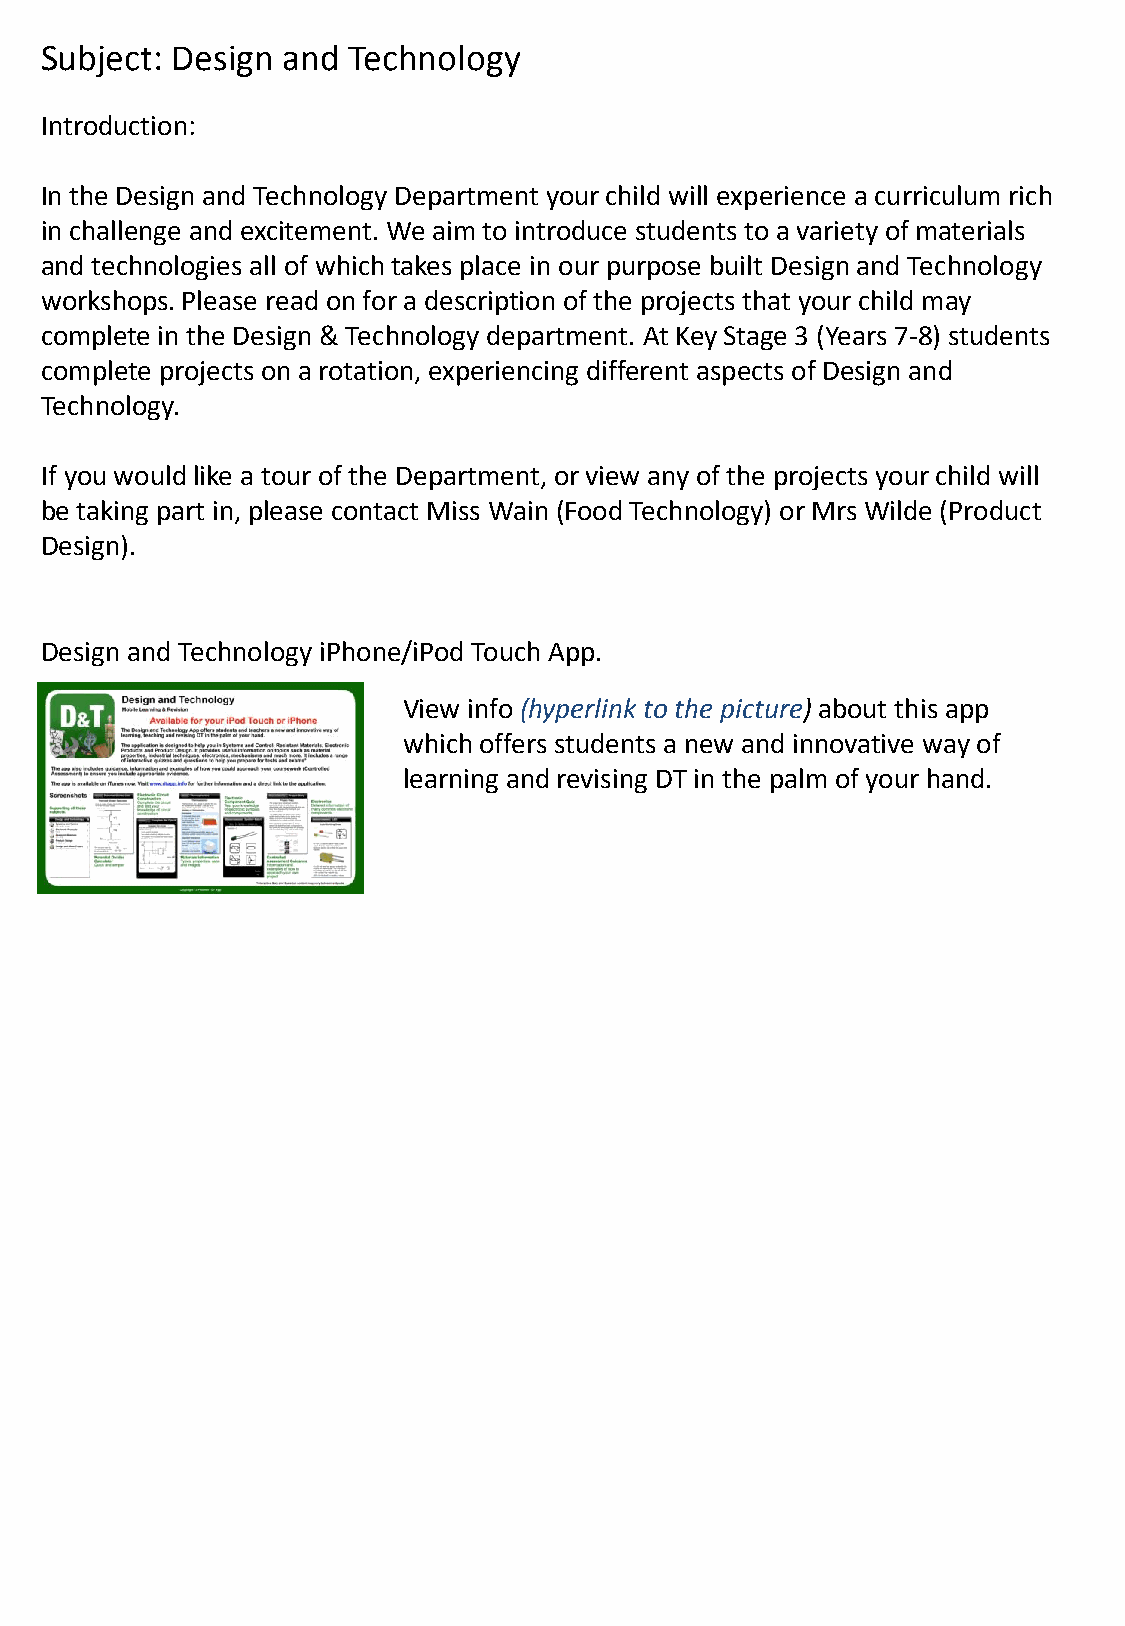
Subject: Design and Technology
 Introduction:
 In the Design and Technology Department your child will experience a curriculum rich
 in challenge and excitement. We aim to introduce students to a variety of materials
 and technologies all of which takes place in our purpose built Design and Technology
 workshops. Please read on for a description of the projects that your child may
 complete in the Design & Technology department. At Key Stage 3 (Years 7-8) students
 complete projects on a rotation, experiencing different aspects of Design and
 Technology.
 If you would like a tour of the Department, or view any of the projects your child will
 be taking part in, please contact Miss Wain (Food Technology) or Mrs Wilde (Product
 Design).
 Design and Technology iPhone/iPod Touch App.
 View info (hyperlink to the picture) about this app
 which offers students a new and innovative way of
 learning and revising DT in the palm of your hand.